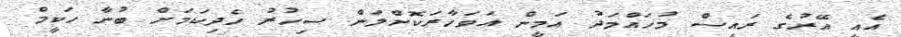
އެއީ އޭރުގެ ރައީސް މުހައްމަދު އަމީން އަވަހާރަކޮށްލަން ސިހުރު ހެދިކަމަށް ބުނާ ހަކީމް